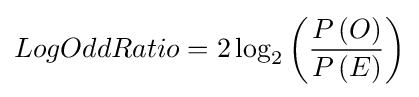
LogOddRatio=2\log _{2}{\left({\frac {P\left(O\right)}{P\left(E\right)}}\right)}